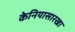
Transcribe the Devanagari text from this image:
केनियासारखा